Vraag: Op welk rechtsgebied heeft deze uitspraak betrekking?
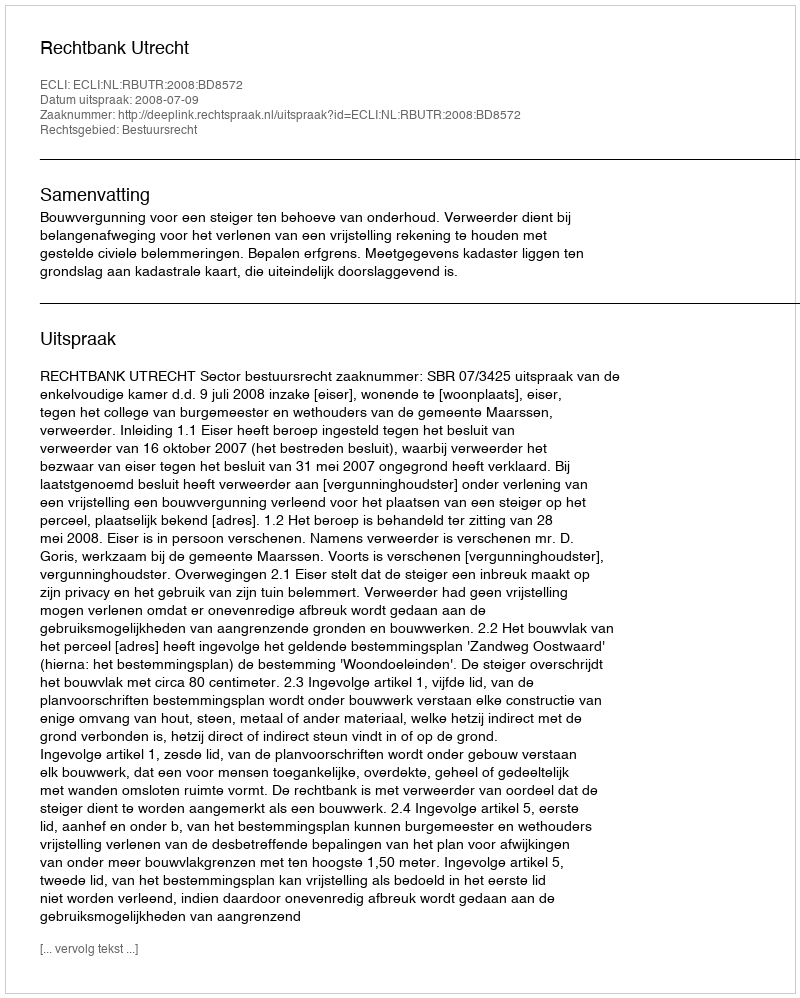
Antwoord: Bestuursrecht